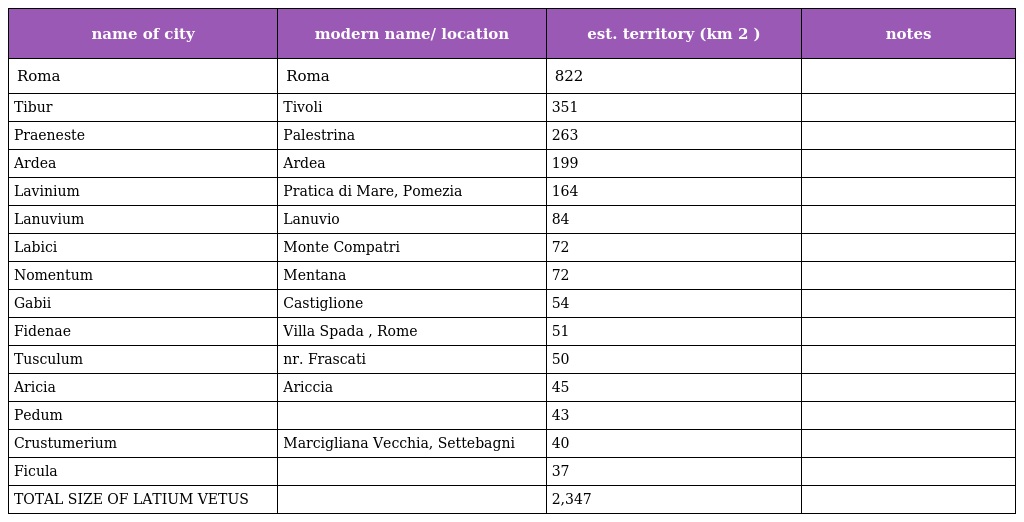
| name of city | modern name/ location | est. territory (km 2 ) | notes |
 | --- | --- | --- | --- |
 | Roma | Roma | 822 |  |
 | Tibur | Tivoli | 351 |  |
 | Praeneste | Palestrina | 263 |  |
 | Ardea | Ardea | 199 |  |
 | Lavinium | Pratica di Mare, Pomezia | 164 |  |
 | Lanuvium | Lanuvio | 84 |  |
 | Labici | Monte Compatri | 72 |  |
 | Nomentum | Mentana | 72 |  |
 | Gabii | Castiglione | 54 |  |
 | Fidenae | Villa Spada , Rome | 51 |  |
 | Tusculum | nr. Frascati | 50 |  |
 | Aricia | Ariccia | 45 |  |
 | Pedum |  | 43 |  |
 | Crustumerium | Marcigliana Vecchia, Settebagni | 40 |  |
 | Ficula |  | 37 |  |
 | TOTAL SIZE OF LATIUM VETUS |  | 2,347 |  |